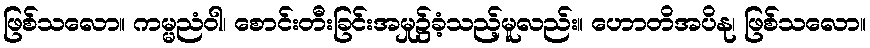
ဖြစ်သလော။ ကမ္မညံဝါ၊ စောင်းတီးခြင်းအမှု၌ခံ့သည့်မူလည်း။ ဟောတိအပိနု၊ ဖြစ်သလော။